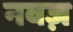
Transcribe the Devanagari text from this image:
नवज़